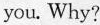
you. Why?